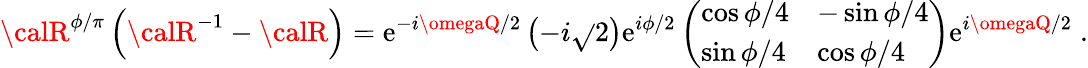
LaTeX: {\calR}^{\phi/\pi}\left({\calR}^{-1}-{\calR}\right)=\mathrm{e}^{-i\omegaQ/2}\left(-i\sqrt{}{{2}}\right)\mathrm{e}^{i\phi/2}\left(\begin{array}{ll}{{\cos\phi/4}}&{{-\sin\phi/4}}\\ {{\sin\phi/4}}&{{\cos\phi/4}}\end{array}\right)\mathrm{e}^{i\omegaQ/2}\; .